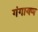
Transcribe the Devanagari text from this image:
गंगायण